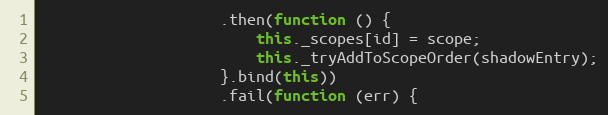
Language: JavaScript
                    .then(function () {
                        this._scopes[id] = scope;
                        this._tryAddToScopeOrder(shadowEntry);
                    }.bind(this))
                    .fail(function (err) {